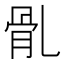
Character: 䯆